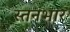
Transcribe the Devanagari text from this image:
स्तनभार